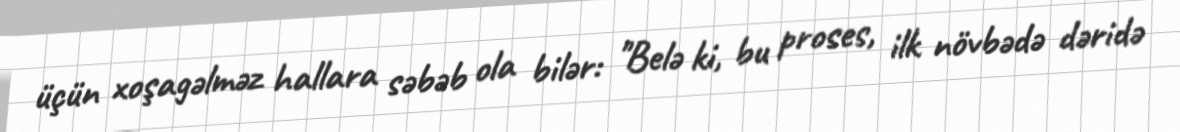
üçün xoşagəlməz hallara səbəb ola bilər: "Belə ki, bu proses, ilk növbədə dəridə